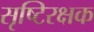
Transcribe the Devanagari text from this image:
सृष्टिरक्षक